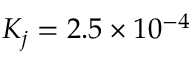
K _ { j } = 2 . 5 \times 1 0 ^ { - 4 }